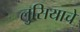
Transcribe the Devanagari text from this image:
लुसियाचे